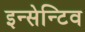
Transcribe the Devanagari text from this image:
इन्सेन्टिव